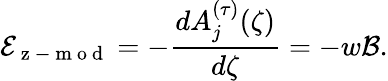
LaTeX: \mathcal{E}_{\mathrm{~z~-~m~o~d~}}=-\frac{dA_{j}^{(\tau)}(\zeta)}{d\zeta}=-w\mathcal{B}.